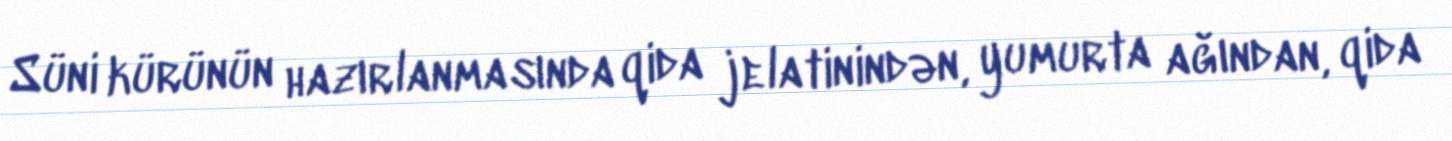
Süni kürünün hazırlanmasında qida jelatinindən, yumurta ağından, qida